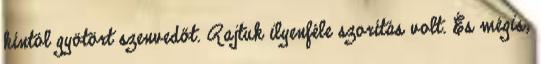
kíntól gyötört szenvedőt. Rajtuk ilyenféle szorítás volt. És mégis,